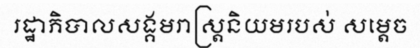
រដ្ឋាភិបាលសង្គមរាស្ត្រនិយមរបស់ សម្តេច